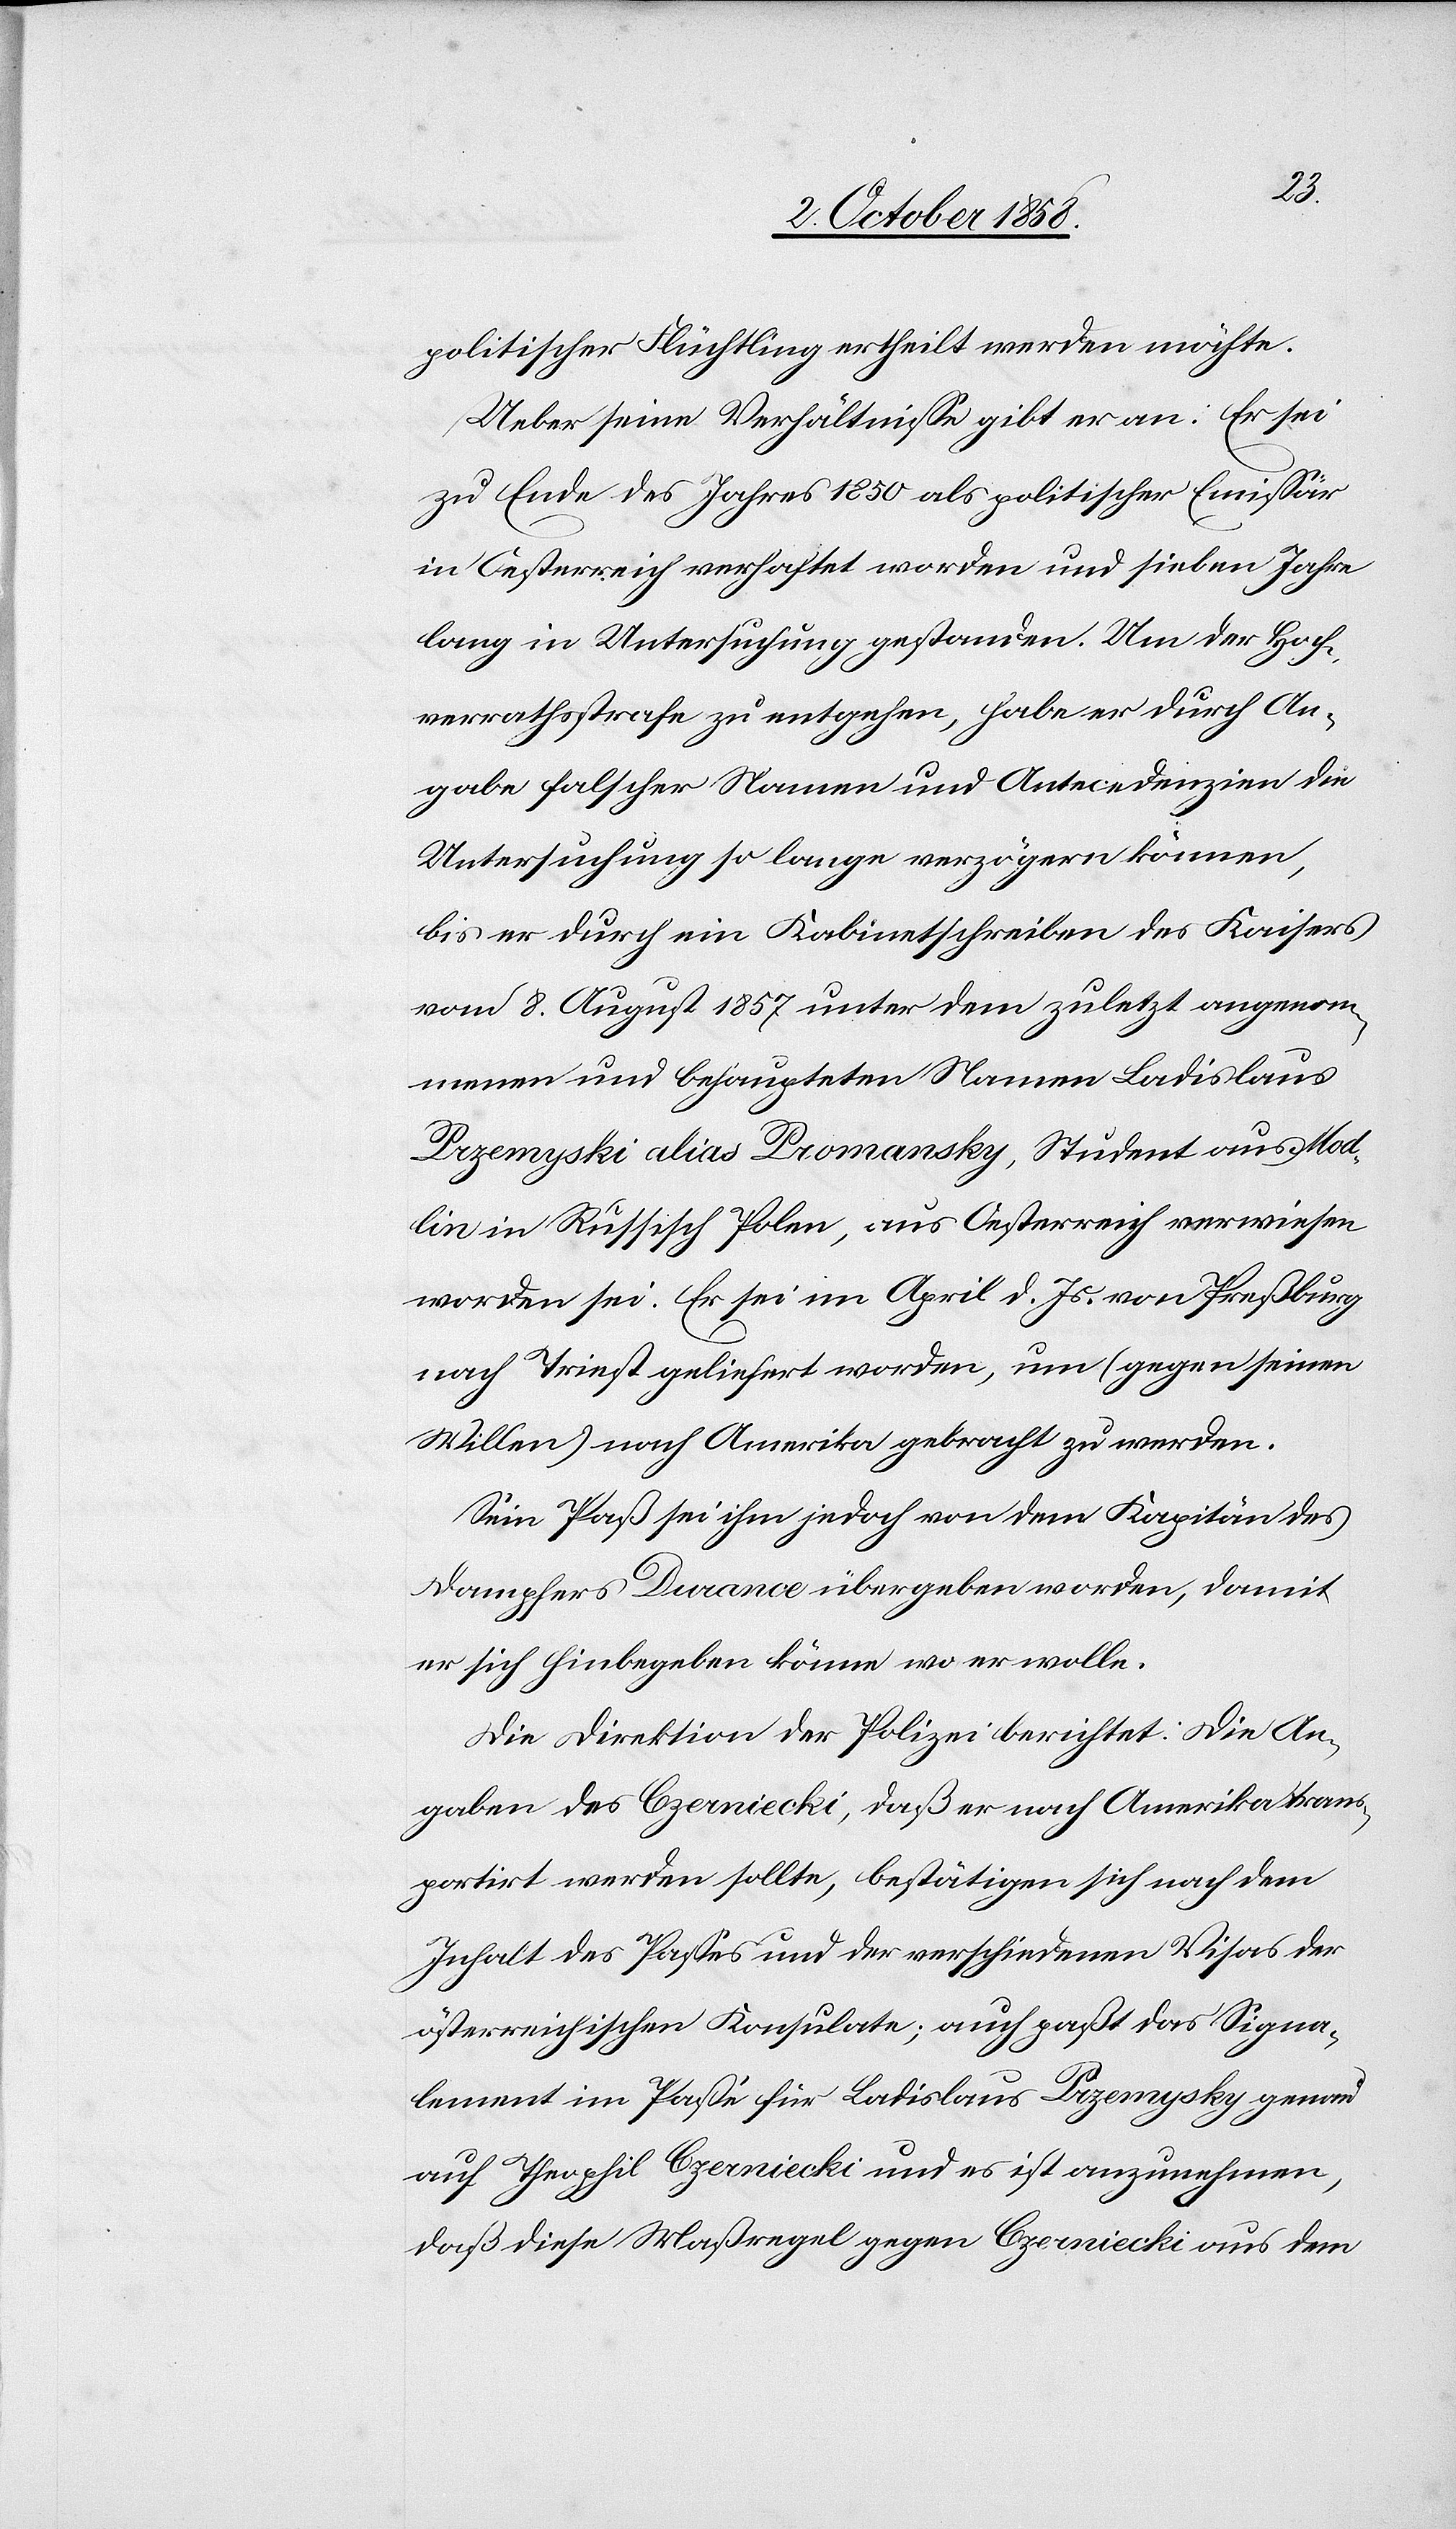
politischer Flüchtling ertheilt werden möchte.
Ueber seine Verhältnisse gibt er an: Er sei
zu Ende des Jahres 1850 als politischer Emissär
in Oesterreich verhaftet worden und sieben Jahre
lang in Untersuchung gestanden. Um der Hoch¬
verrathsstrafe zu entgehen, habe er durch An¬
gabe falscher Namen und Antecedenzien die
Untersuchung so lange verzögern können,
bis er durch ein Kabinetschreiben des Kaisers
vom 8. August 1857 unter dem zuletzt angenom¬
menen und behaupteten Namen Ladislaus
Przemyski alias Promansky, Student aus Mod¬
lin in Russisch Polen, aus Oesterreich verwiesen
worden sei. Er sei im April d. Js. von Preßburg
nach Triest geliefert worden, um (gegen seinen
Willen) nach Amerika gebracht zu werden.
Sein Paß sei ihm jedoch von dem Kapitän des
Dampfers Durance übergeben worden, damit
er sich hinbegeben könne wo er wolle.
Die Direktion der Polizei berichtet: Die An¬
gaben des Czerniecki, daß er nach Amerika trans¬
portirt werden sollte, bestätigen sich nach dem
Inhalt des Passes und der verschiedenen Visas der
österreichischen Konsulate; auch paßt das Signa¬
lement im Passe für Ladislaus Przemysky genau
auf Theophil Czerniecki und es ist anzunehmen,
daß diese Maßregel gegen Czerniecki aus dem